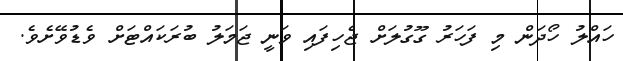
ހައްލު ހޯދަން މި ފަހަރު ގޫގުލަށް ޖެހިފައި ވަނީ ޖަމަލު ބުރަކައްޓަށް ވެޑުވޭށެވެ.